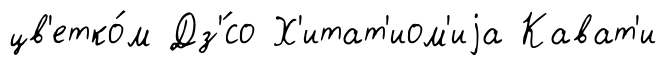
цв'етко́м Дз'́со Х'итат'иом'иjа Кават'и